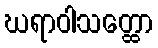
ဃရာဝါသတ္ထော